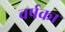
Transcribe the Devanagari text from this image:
वर्षका